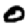
Digit: 0